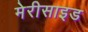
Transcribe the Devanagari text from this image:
मेरीसाइड